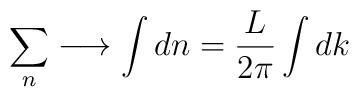
\sum_{n}\longrightarrow \int dn=\frac{L}{2\pi}\int dk